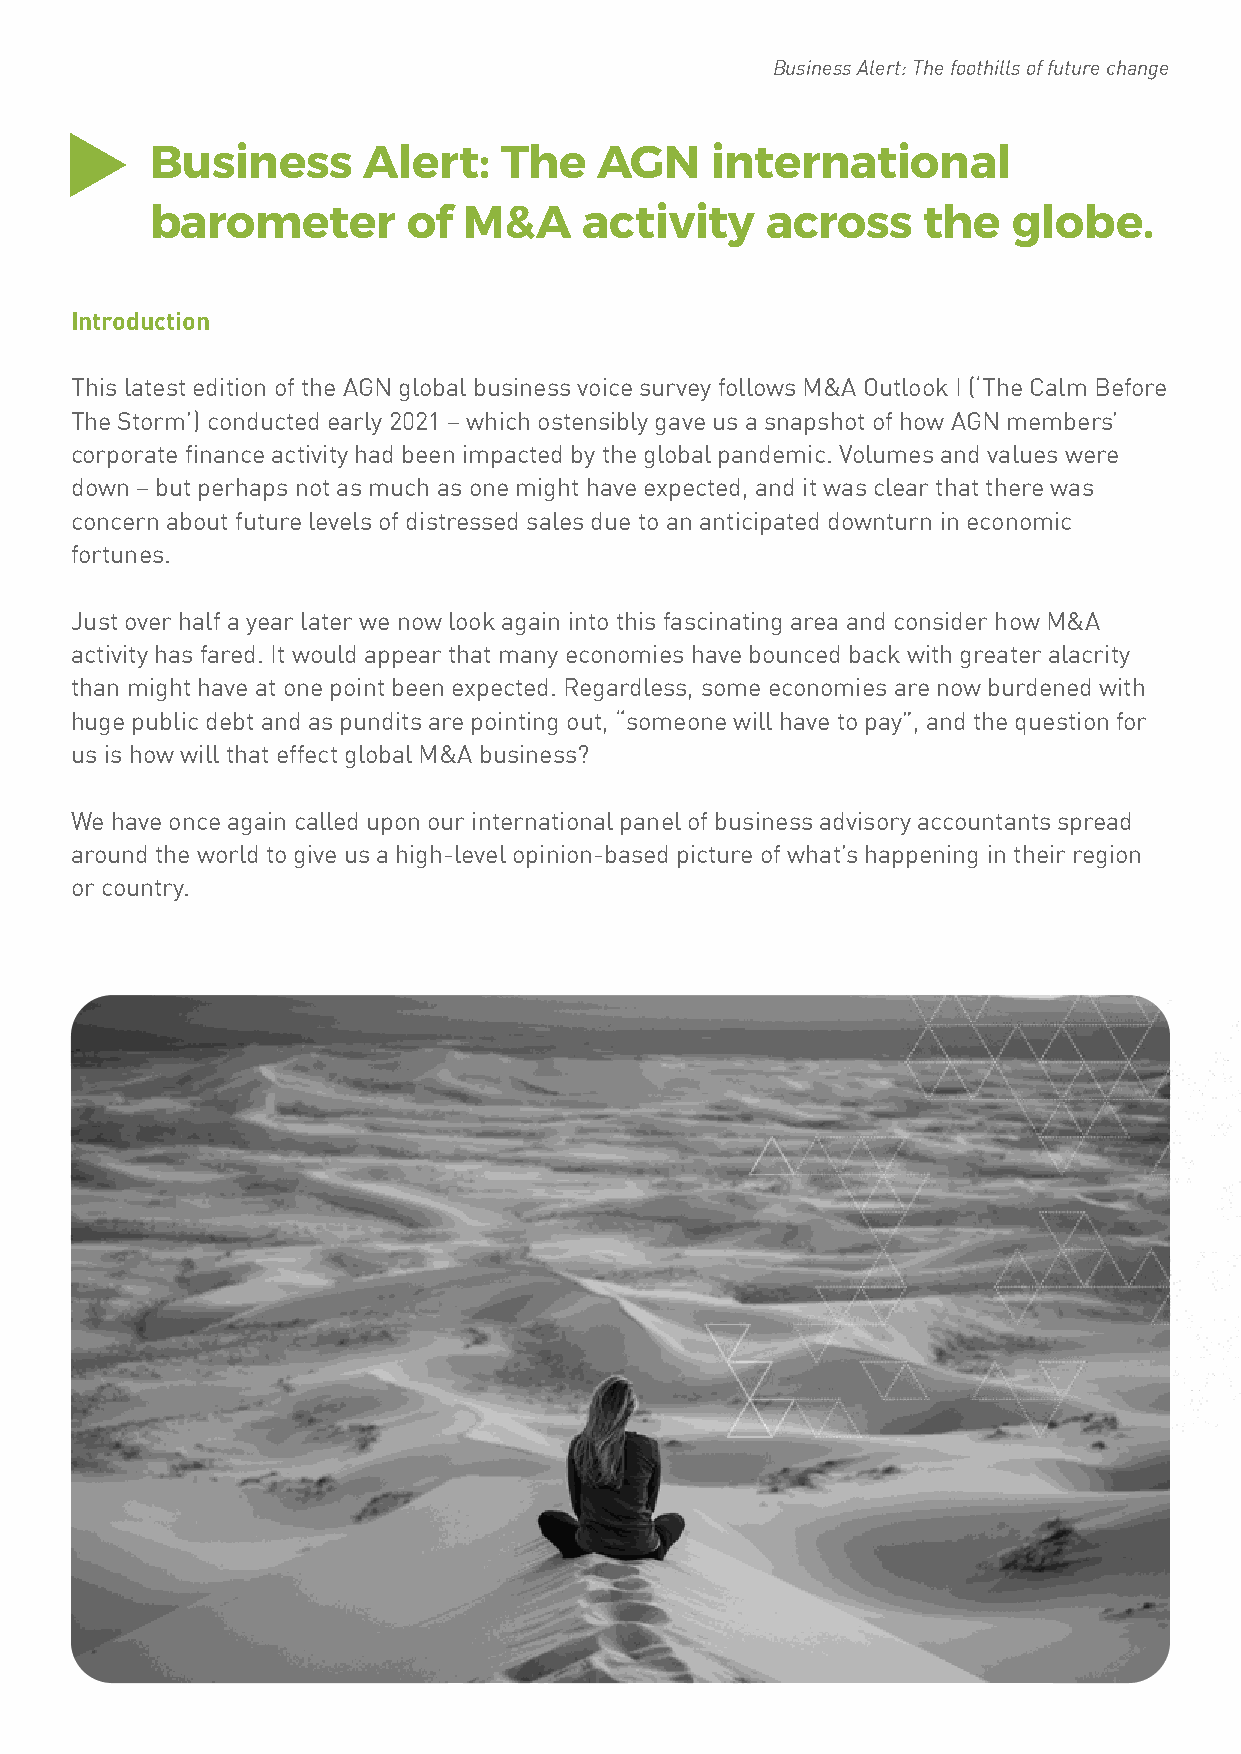
Business Alert: The foothills of future change
 Business      Alert:   The    AGN    international
 barometer        of  M&A     activity    across    the   globe.
 Introduction
 This latest edition of the AGN global business voice survey follows M&A Outlook I (‘The Calm Before
 The Storm’) conducted early 2021 – which ostensibly gave us a snapshot of how AGN members’
 corporate finance activity had been impacted by the global pandemic. Volumes and values were
 down – but perhaps not as much as one might have expected, and it was clear that there was
 concern about future levels of distressed sales due to an anticipated downturn in economic
 fortunes.
 Just over half a year later we now look again into this fascinating area and consider how M&A
 activity has fared. It would appear that many economies have bounced back with greater alacrity
 than might have at one point been expected. Regardless, some economies are now burdened with
 huge public debt and as pundits are pointing out, “someone will have to pay”, and the question for
 us is how will that effect global M&A business?
 We have once again called upon our international panel of business advisory accountants spread
 around the world to give us a high-level opinion-based picture of what’s happening in their region
 or country.